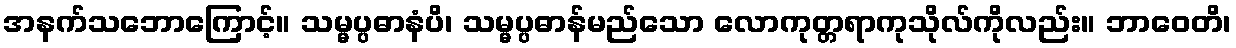
အနက်သဘောကြောင့်။ သမ္မပ္ပဓာနံပိ၊ သမ္မပ္ပဓာန်မည်သော လောကုတ္တရာကုသိုလ်ကိုလည်း။ ဘာဝေတိ၊